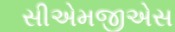
સીએમજીએસ